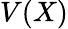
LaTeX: V(X)